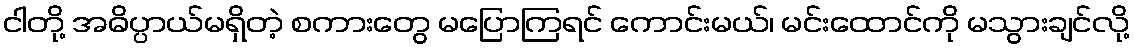
ငါတို့ အဓိပ္ပာယ်မရှိတဲ့ စကားတွေ မပြောကြရင် ကောင်းမယ်၊ မင်းထောင်ကို မသွားချင်လို့